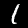
Label: 1